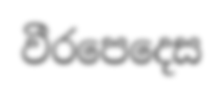
වීරපෙදෙස